Indian Civil Veterinary Department memoirs
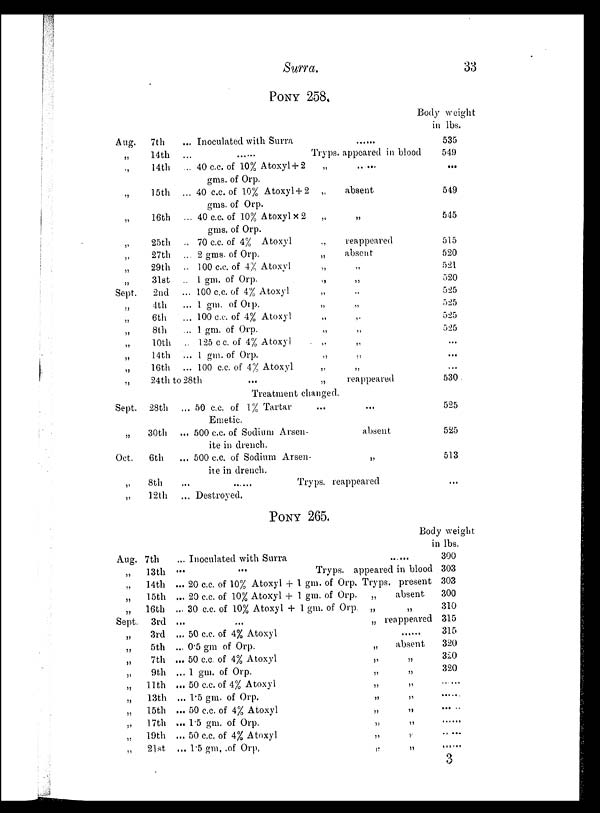
Surra.
33
PONY 258.
Aug. 7th
„
14th
„
14th
„
15th
„
16th
„
25th
„
27th
„
29th
„
31st
Sept.
2nd
„
4th
„
6th
„
8th
„
10th
„
14th
„
16th
... Inoculated with Surra ......
...
......
Tryps. appeared in blood
... 40 c.c. of 10% Atoxyl +2
„
.. ...
gms. of Orp.
... 40 c.c. of 10% Atoxyl+2 „
absent
gms. of Orp.
... 40 c.c. of 10% Atoxyl × 2
„
„
gms. of Orp.
.. 70 c.c. of 4%
Atoxyl „
reappeared
... 2 gms. of Orp.
„
absent
.. 100 c.c. of 4% Atoxyl
„
„
.. 1 gm. of Orp.
„
„
... 100 c.c. of 4% Atoxyl „ „
... 1 gm. of Orp.
„
„
... 100 c.c. of 4% Atoxyl
„
„
... 1 gm. of Orp.
„
„
.. 125 c c. of 4% Atoxyl
„
... 1 gm. of Orp.
„
„
... 100 c.c. of 4% Atoxyl
„
„
„
24th to 28th
...
„
reappeared
Sept. 28th
„
30th
Oct.
6th
„
8th
„
12th
Treatment changed.
... 50 c.c. of 1% Tartar
...
...
Emetic.
... 500 c.c. of Sodium Arsen-
absent
ite in drench.
... 500 c.c. of Sodium Arsen-
„
ite in drench.
...
......
Tryps. reappeared
... Destroyed.
Body weight.
in lbs.
535
549
...
549
545
515
520
521
520
525
525
525
525
...
...
...
530
525
525
513
...
PONY 265.
Aug. 7th
„
13th
„
14th
„
15th
„
16th
Sept. 3rd
„
3rd
„
5th
„
7th
„
9th
„ 11th
„
13th
„ 15th
„ 17th
„ 19th
„ 21st
... Inoculated with Surra
......
...
...
Tryps. appeared in blood
... 20 c.c. of 10% Atoxyl + 1 gm. of Orp. Tryps. present
... 20 c.c. of 10% Atoxyl + 1 gm. of Orp. „
absent
... 30 c.c. of 10% Atoxyl + 1 gm. of Orp. „
„
... ... „ reappeared
... 50 c.c. of 4% Atoxyl
... 0.5 gm of Orp.
„
absent
... 50 c.c. of 4% Atoxyl
„
„
... 1 gm. of Orp.
„
„
... 50 c.c. of 4% Atoxyl
„
„
... 1.5 gm. of Orp.
„
„
... 50 c.c. of 4% Atoxyl
„
„
... 1.5 gm. of Orp.
„
„
... 50 c.c. of 4% Atoxyl
„
„
... 1.5 gm. of
Orp.
„
„
Body weight
in lbs.
300
303
303
300
310
315
315
320
320
320
.
.
.
......
3